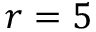
r = 5